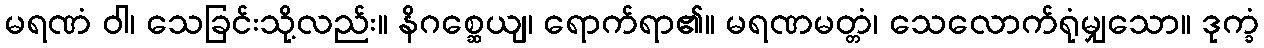
မရဏံ ဝါ၊ သေခြင်းသို့လည်း။ နိဂစ္ဆေယျ၊ ရောက်ရာ၏။ မရဏမတ္တံ၊ သေလောက်ရုံမျှသော။ ဒုက္ခံ